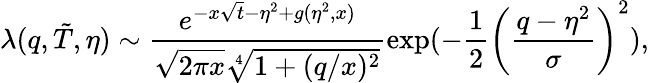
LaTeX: \lambda(q,\tilde{T},\eta)\sim\frac{e^{-x\sqrt{t}-\eta^{2}+g(\eta^{2},x)}}{\sqrt{2\pi x}\sqrt[4]{1+(q/x)^{2}}}\exp(-\frac{1}{2}\left(\frac{q-\eta^{2}}{\sigma}\right)^{2}),